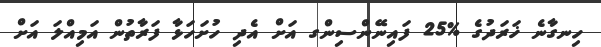
ހިނގާނެ ޚަރަދުގެ %25 ފައިނޭންސިންގ އަށް އެދި ހުށަހަޅާ ފަރާތުން އަމިއްލަ އަށް